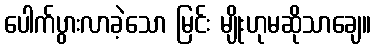
ပေါက်ပွားလာခဲ့သော မြင်း မျိုးဟုမဆိုသာချေ။